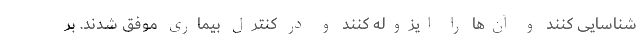
شناسایی کنند و آن‌ها را ایزوله کنند و در کنترل بیماری موفق شدند. بر